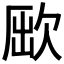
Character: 𣣃